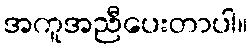
အကူအညီပေးတာပါ။